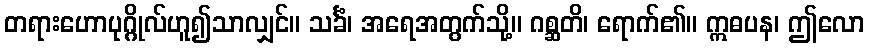
တရားဟောပုဂ္ဂိုလ်ဟူ၍သာလျှင်။ သင်္ခံ၊ အရေအတွက်သို့။ ဂစ္ဆတိ၊ ရောက်၏။ ဣဓပန၊ ဤလော